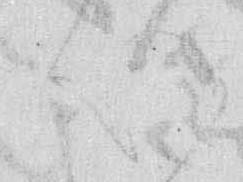
心